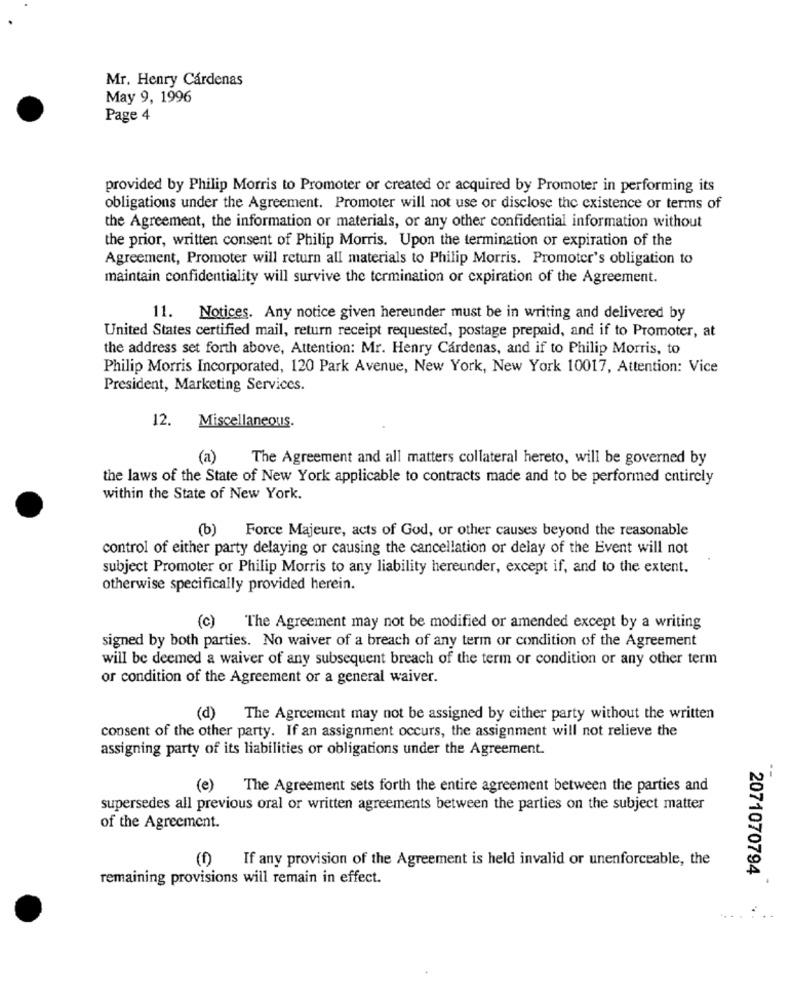
Mr. Henry Cárdenas
May 9, 1996
Page 4
provided by Philip Morris to Promoter or created or acquired by Promoter in performing its
obligations under the Agreement. Promoter will not use or disclose the existence or terms of
the Agreement, the information or materials, or any other confidential information without
the prior, written consent of Philip Morris. Upon the termination or expiration of the
Agreement, Promoter will return all materials to Philip Morris. Promoter's obligation to
maintain confidentiality will survive the termination or expiration of the Agreement.
11.
Notices. Any notice given hereunder must be in writing and delivered by
United States certified mail, return receipt requested, postage prepaid, and if to Promoter, at
the address set forth above, Attention: Mr. Henry Cardenas, and if to Philip Morris, to
Philip Morris Incorporated, 120 Park Avenue, New York, New York 10017, Attention: Vice
President, Marketing Services.
12.
Miscellaneous.
(a)
The Agreement and all matters collateral hereto, will be governed by
the laws of the State of New York applicable to contracts made and to be performed entirely
within the State of New York.
(b) Force Majeure, acts of God, or other causes beyond the reasonable
control of either party delaying or causing the cancellation or delay of the Event will not
subject Promoter or Philip Morris to any liability hereunder, except if, and to the extent.
otherwise specifically provided herein.
(c)
The Agreement may not be modified or amended except by a writing
signed by both parties. No waiver of a breach of any term or condition of the Agreement
will be deemed a waiver of any subsequent breach of the term or condition or any other term
or condition of the Agreement or a general waiver.
(d) The Agreement may not be assigned by either party without the written
consent of the other party. If an assignment occurs, the assignment will not relieve the
assigning party of its liabilities or obligations under the Agreement.
- -
(e)
The Agreement sets forth the entire agreement between the parties and
supersedes all previous oral or written agreements between the parties on the subject matter
of the Agreement.
If any provision of the Agreement is held invalid or unenforceable, the
remaining provisions will remain in effect.
2071070794